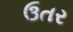
ઉતર